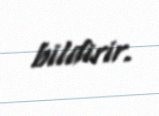
bildirir.